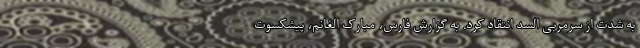
به شدت از سرمربی السد انتقاد کرد. به گزارش فارس، مبارک الغانم، پیشکسوت